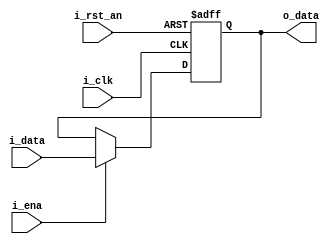
// -------------------------------------------------------------------
// Copyright (C) 2019 Ahmed Shahein
// -------------------------------------------------------------------
//
// -------------------------------------------------------------------
module dff #(
  parameter gp_data_width = 8                  // Set input & output bit-width
) 
(
  input  wire                     i_rst_an,    // Asynchronous active low reset
  input  wire                     i_ena,       // Synchronous active high enable
  input  wire                     i_clk,       // Rising-edge clock
  input  wire [gp_data_width-1:0] i_data,      // Input data with gp_data_width bits MSB:LSB, signed or unsigned
  output wire [gp_data_width-1:0] o_data       // Output data with gp_data_width bits MSB:LSB, signed or unsigned
);
// -------------------------------------------------------------------
  reg [gp_data_width-1:0] r_data;
// -------------------------------------------------------------------  
  always @(posedge i_clk or negedge i_rst_an)
    begin: p_dff
      if (!i_rst_an)
        r_data <= 'd0;
      else if (i_ena)
        r_data <= i_data;  
    end
  
  assign o_data = r_data;
endmodule